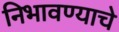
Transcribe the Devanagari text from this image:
निभावण्याचे